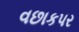
વછાકપર